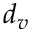
d _ { v }